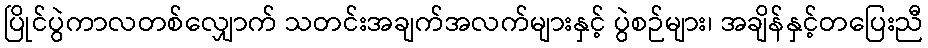
ပြိုင်ပွဲကာလတစ်လျှောက် သတင်းအချက်အလက်များနှင့် ပွဲစဉ်များ၊ အချိန်နှင့်တပြေးညီ